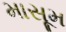
માસૂમ